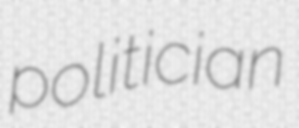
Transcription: politician